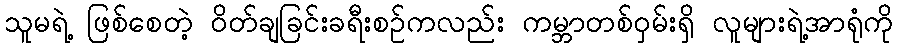
သူမရဲ့ ဖြစ်စေတဲ့ ဝိတ်ချခြင်းခရီးစဉ်ကလည်း ကမ္ဘာတစ်ဝှမ်းရှိ လူများရဲ့အာရုံကို